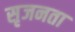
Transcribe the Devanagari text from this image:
सृजनता